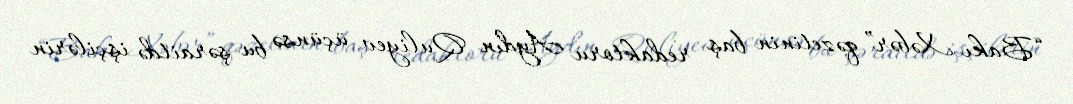
“Bakı Xəbər” qəzetinin baş redaktoru Aydın Quliyev üçünsə bu şəraitdə işçilərin